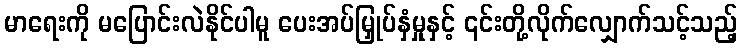
မာရေးကို မပြောင်းလဲနိုင်ပါမူ ပေးအပ်မြှုပ်နှံမှုနှင့် ၎င်းတို့လိုက်လျှောက်သင့်သည့်